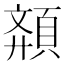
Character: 𩓉